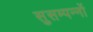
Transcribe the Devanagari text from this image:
सुसम्पन्नों